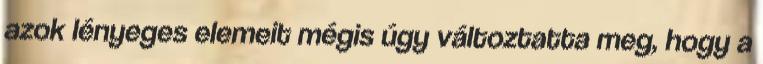
azok lényeges elemeit mégis úgy változtatta meg, hogy a